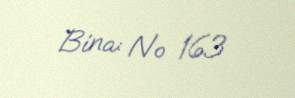
Bina: № 163